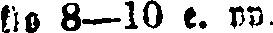
klo 8—10 e. pp.